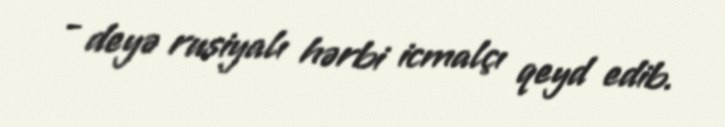
- deyə rusiyalı hərbi icmalçı qeyd edib.